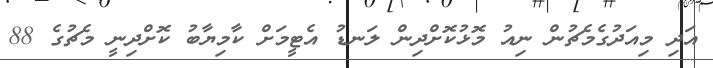
އަދި މިއަދުގެމެޗުން ނިއު މޮޅުކޮށްދިން ލަނޑު އެޓީމަށް ކާމިޔާބު ކޮށްދިނީ މެޗުގެ 88